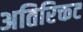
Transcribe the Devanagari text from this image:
अतिरिक्तट